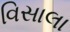
વિસાલા